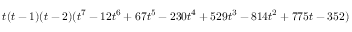
t ( t - 1 ) ( t - 2 ) ( t ^ { 7 } - 1 2 t ^ { 6 } + 6 7 t ^ { 5 } - 2 3 0 t ^ { 4 } + 5 2 9 t ^ { 3 } - 8 1 4 t ^ { 2 } + 7 7 5 t - 3 5 2 )